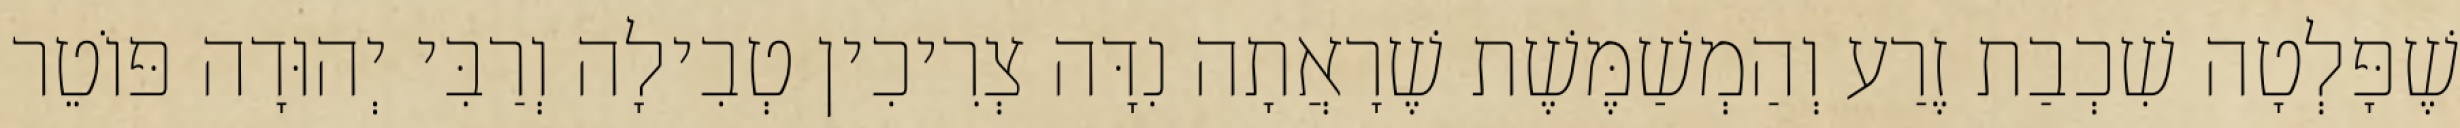
שֶׁפָּלְטָה שִׁכְבַת זֶרַע וְהַמְשַׁמֶּשֶׁת שֶׁרָאֲתָה נִדָּה צְרִיכִין טְבִילָה וְרַבִּי יְהוּדָה פּוֹטֵר